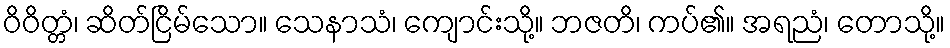
ဝိဝိတ္တံ၊ ဆိတ်ငြိမ်သော။ သေနာသံ၊ ကျောင်းသို့။ ဘဇတိ၊ ကပ်၏။ အရညံ၊ တောသို့။